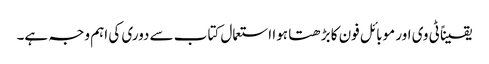
یقیناً ٹی وی اور موبائل فون کا بڑھتا ہوا استعمال کتاب سے دوری کی اہم وجہ ہے۔